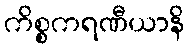
ကိစ္စကရဏီယာနိ